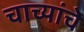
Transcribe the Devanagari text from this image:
चाच्यांचे